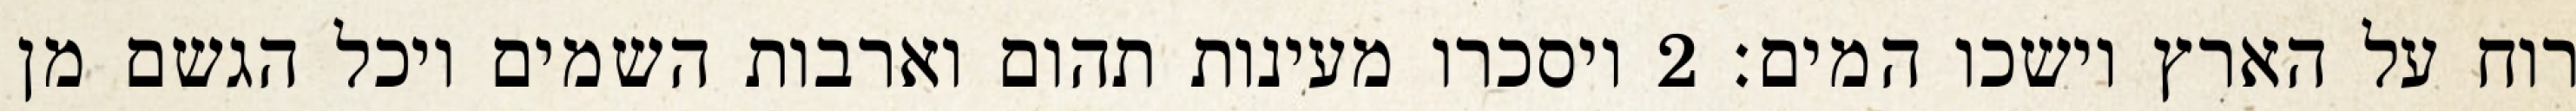
רוח על הארץ וישכו המים׃ ‎2‏ ויסכרו מעינות תהום וארבות השמים ויכל הגשם מן